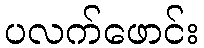
ပလက်ဖောင်း